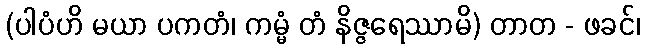
(ပါပံဟိ မယာ ပကတံ၊ ကမ္မံ တံ နိဇ္ဇရေဿာမိ) တာတ - ဖခင်၊